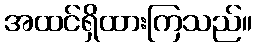
အထင်ရှိထားကြသည်။